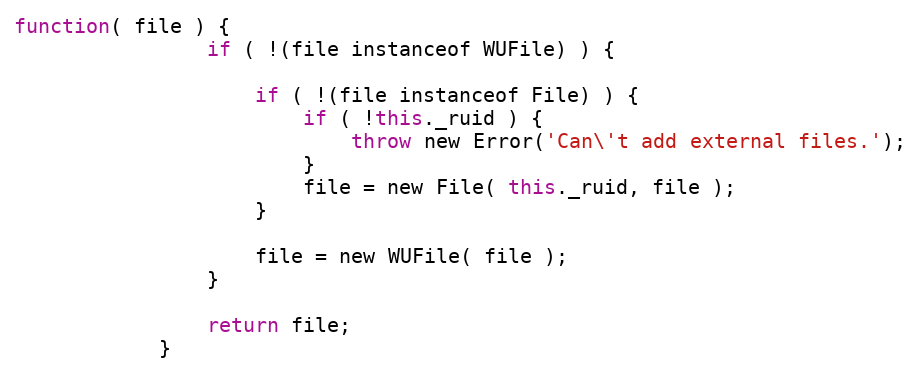
Language: JavaScript
function( file ) {
                if ( !(file instanceof WUFile) ) {

                    if ( !(file instanceof File) ) {
                        if ( !this._ruid ) {
                            throw new Error('Can\'t add external files.');
                        }
                        file = new File( this._ruid, file );
                    }

                    file = new WUFile( file );
                }

                return file;
            }